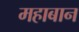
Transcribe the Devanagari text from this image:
महाबान